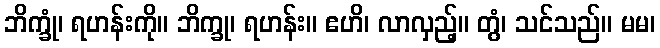
ဘိက္ခုံ၊ ရဟန်းကို။ ဘိက္ခု၊ ရဟန်း။ ဧဟိ၊ လာလှည့်။ တွံ၊ သင်သည်။ မမ၊